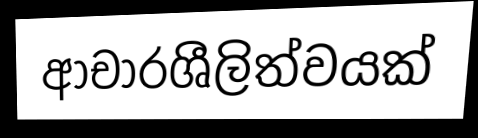
ආචාරශීලිත්වයක්